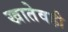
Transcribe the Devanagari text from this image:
खातेवही